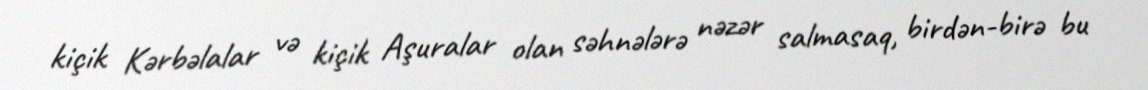
kiçik Kərbəlalar və kiçik Aşuralar olan səhnələrə nəzər salmasaq, birdən-birə bu